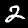
Label: 2